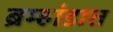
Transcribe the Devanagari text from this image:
ब्रम्हांडात